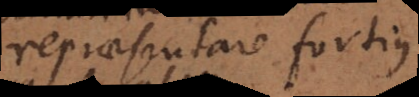
repraesentare fortius